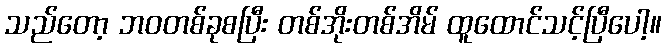
သည်တော့ ဘဝတစ်ခုစပြီး တစ်အိုးတစ်အိမ် ထူထောင်သင့်ပြီပေါ့။